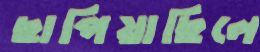
ছাপিয়াছিলে